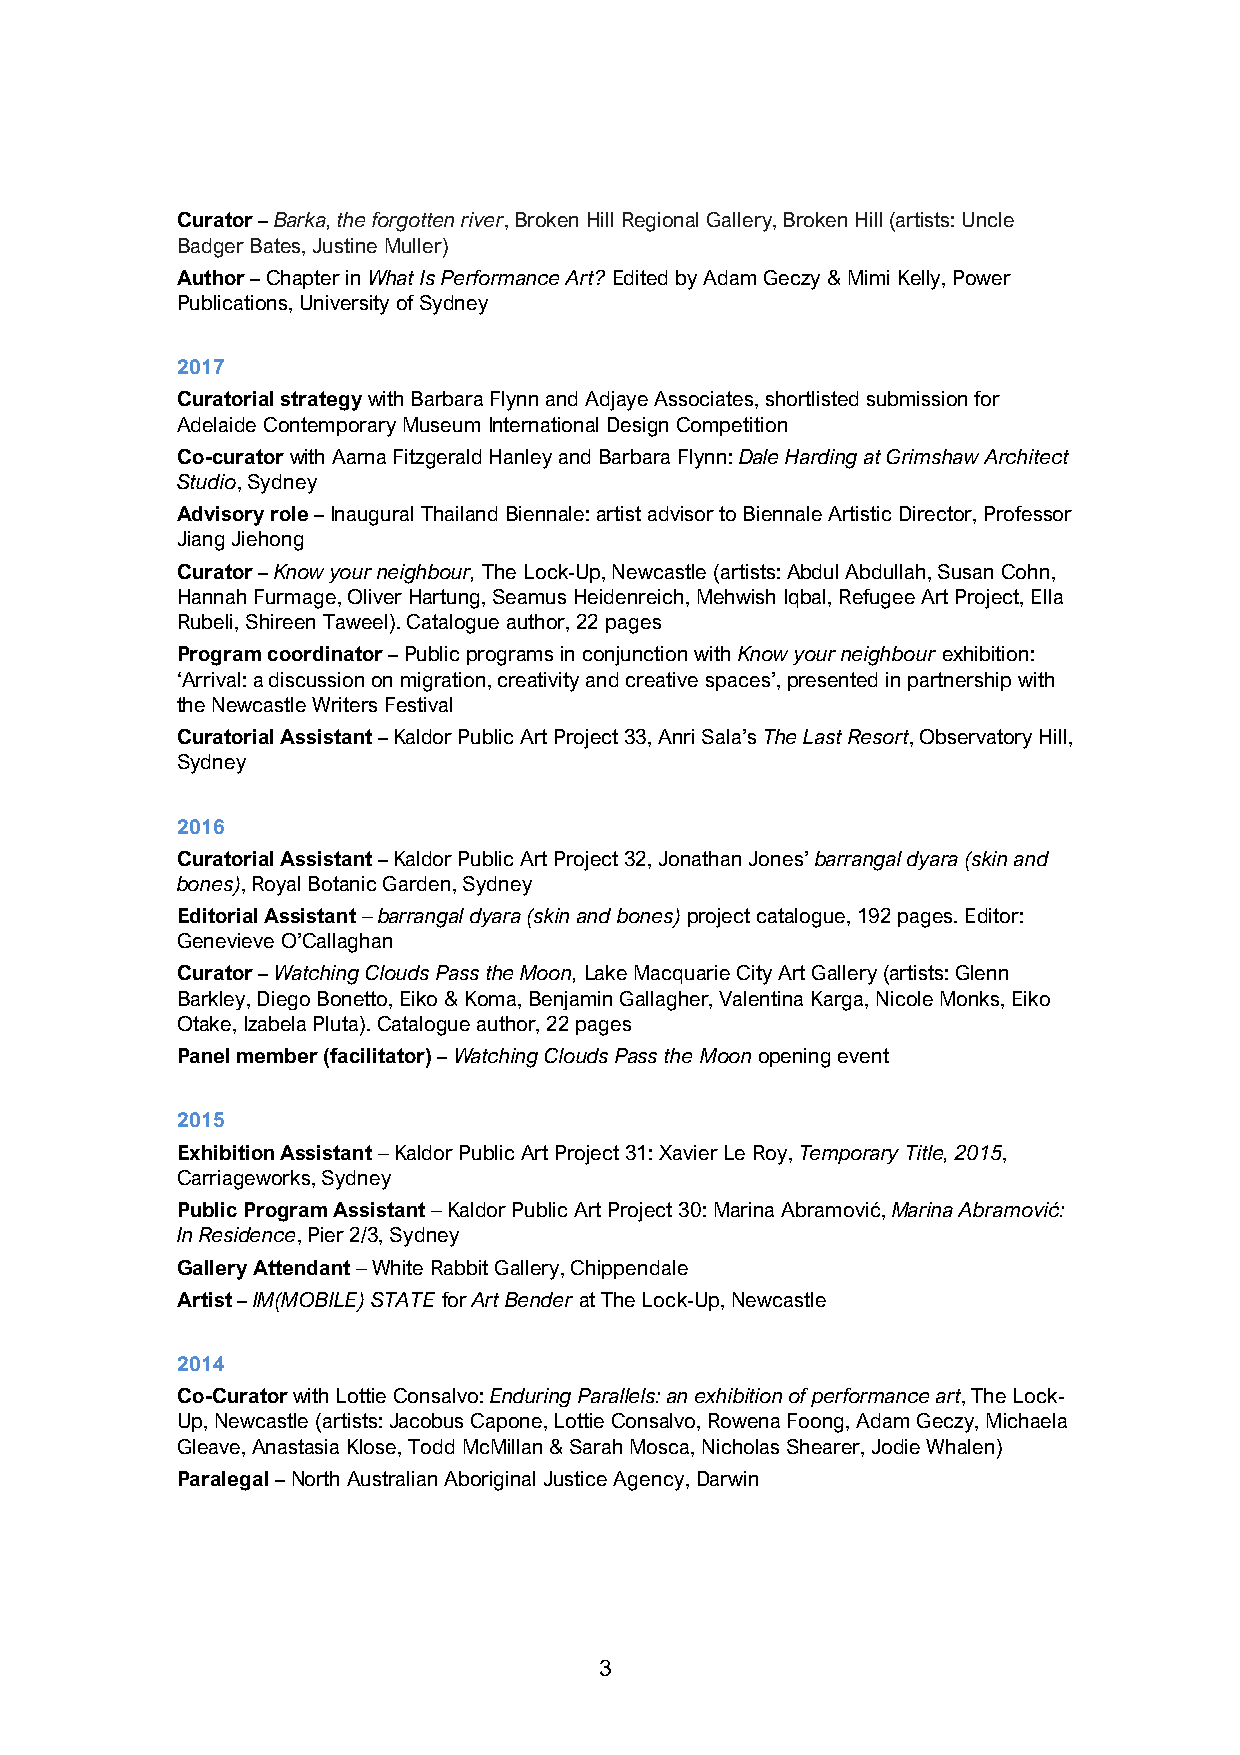
Curator – Barka, the forgotten river, Broken Hill Regional Gallery, Broken Hill (artists: Uncle
 Badger Bates, Justine Muller)
 Author – Chapter in What Is Performance Art? Edited by Adam Geczy & Mimi Kelly, Power
 Publications, University of Sydney
 2017
 Curatorial strategy with Barbara Flynn and Adjaye Associates, shortlisted submission for
 Adelaide Contemporary Museum International Design Competition
 Co-curator with Aarna Fitzgerald Hanley and Barbara Flynn: Dale Harding at Grimshaw Architect
 Studio, Sydney
 Advisory role – Inaugural Thailand Biennale: artist advisor to Biennale Artistic Director, Professor
 Jiang Jiehong
 Curator – Know your neighbour, The Lock-Up, Newcastle (artists: Abdul Abdullah, Susan Cohn,
 Hannah Furmage, Oliver Hartung, Seamus Heidenreich, Mehwish Iqbal, Refugee Art Project, Ella
 Rubeli, Shireen Taweel). Catalogue author, 22 pages
 Program coordinator – Public programs in conjunction with Know your neighbour exhibition:
 ‘Arrival: a discussion on migration, creativity and creative spaces’, presented in partnership with
 the Newcastle Writers Festival
 Curatorial Assistant – Kaldor Public Art Project 33, Anri Sala’s The Last Resort, Observatory Hill,
 Sydney
 2016
 Curatorial Assistant – Kaldor Public Art Project 32, Jonathan Jones’ barrangal dyara (skin and
 bones), Royal Botanic Garden, Sydney
 Editorial Assistant – barrangal dyara (skin and bones) project catalogue, 192 pages. Editor:
 Genevieve O’Callaghan
 Curator – Watching Clouds Pass the Moon, Lake Macquarie City Art Gallery (artists: Glenn
 Barkley, Diego Bonetto, Eiko & Koma, Benjamin Gallagher, Valentina Karga, Nicole Monks, Eiko
 Otake, Izabela Pluta). Catalogue author, 22 pages
 Panel member (facilitator) – Watching Clouds Pass the Moon opening event
 2015
 Exhibition Assistant – Kaldor Public Art Project 31: Xavier Le Roy, Temporary Title, 2015,
 Carriageworks, Sydney
 Public Program Assistant – Kaldor Public Art Project 30: Marina Abramović, Marina Abramović:
 In Residence, Pier 2/3, Sydney
 Gallery Attendant – White Rabbit Gallery, Chippendale
 Artist – IM(MOBILE) STATE for Art Bender at The Lock-Up, Newcastle
 2014
 Co-Curator with Lottie Consalvo: Enduring Parallels: an exhibition of performance art, The Lock-
 Up, Newcastle (artists: Jacobus Capone, Lottie Consalvo, Rowena Foong, Adam Geczy, Michaela
 Gleave, Anastasia Klose, Todd McMillan & Sarah Mosca, Nicholas Shearer, Jodie Whalen)
 Paralegal – North Australian Aboriginal Justice Agency, Darwin
 3